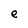
Character: e